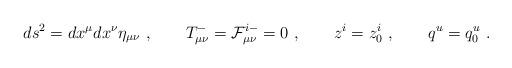
LaTeX: \begin{align*}ds^2 = dx^\mu dx^\nu \eta_{\mu\nu}\ , \qquad T_{\mu\nu}^-={\cal F}^{i-}_{\mu\nu}=0\ , \qquad z^i = z^i_0 \ , \qquad q^u=q^u_0 \ .\end{align*}